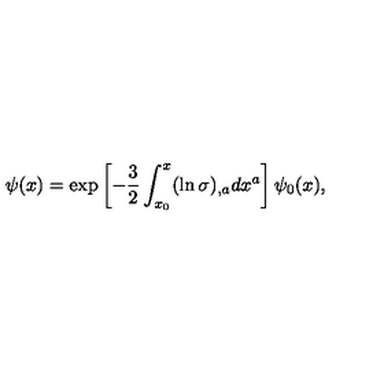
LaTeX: \psi ( x ) = \exp \left[ - \frac { 3 } { 2 } \int _ { x _ { 0 } } ^ { x } ( \ln \sigma ) _ { , a } d x ^ { a } \right] \psi _ { 0 } ( x ) { , }